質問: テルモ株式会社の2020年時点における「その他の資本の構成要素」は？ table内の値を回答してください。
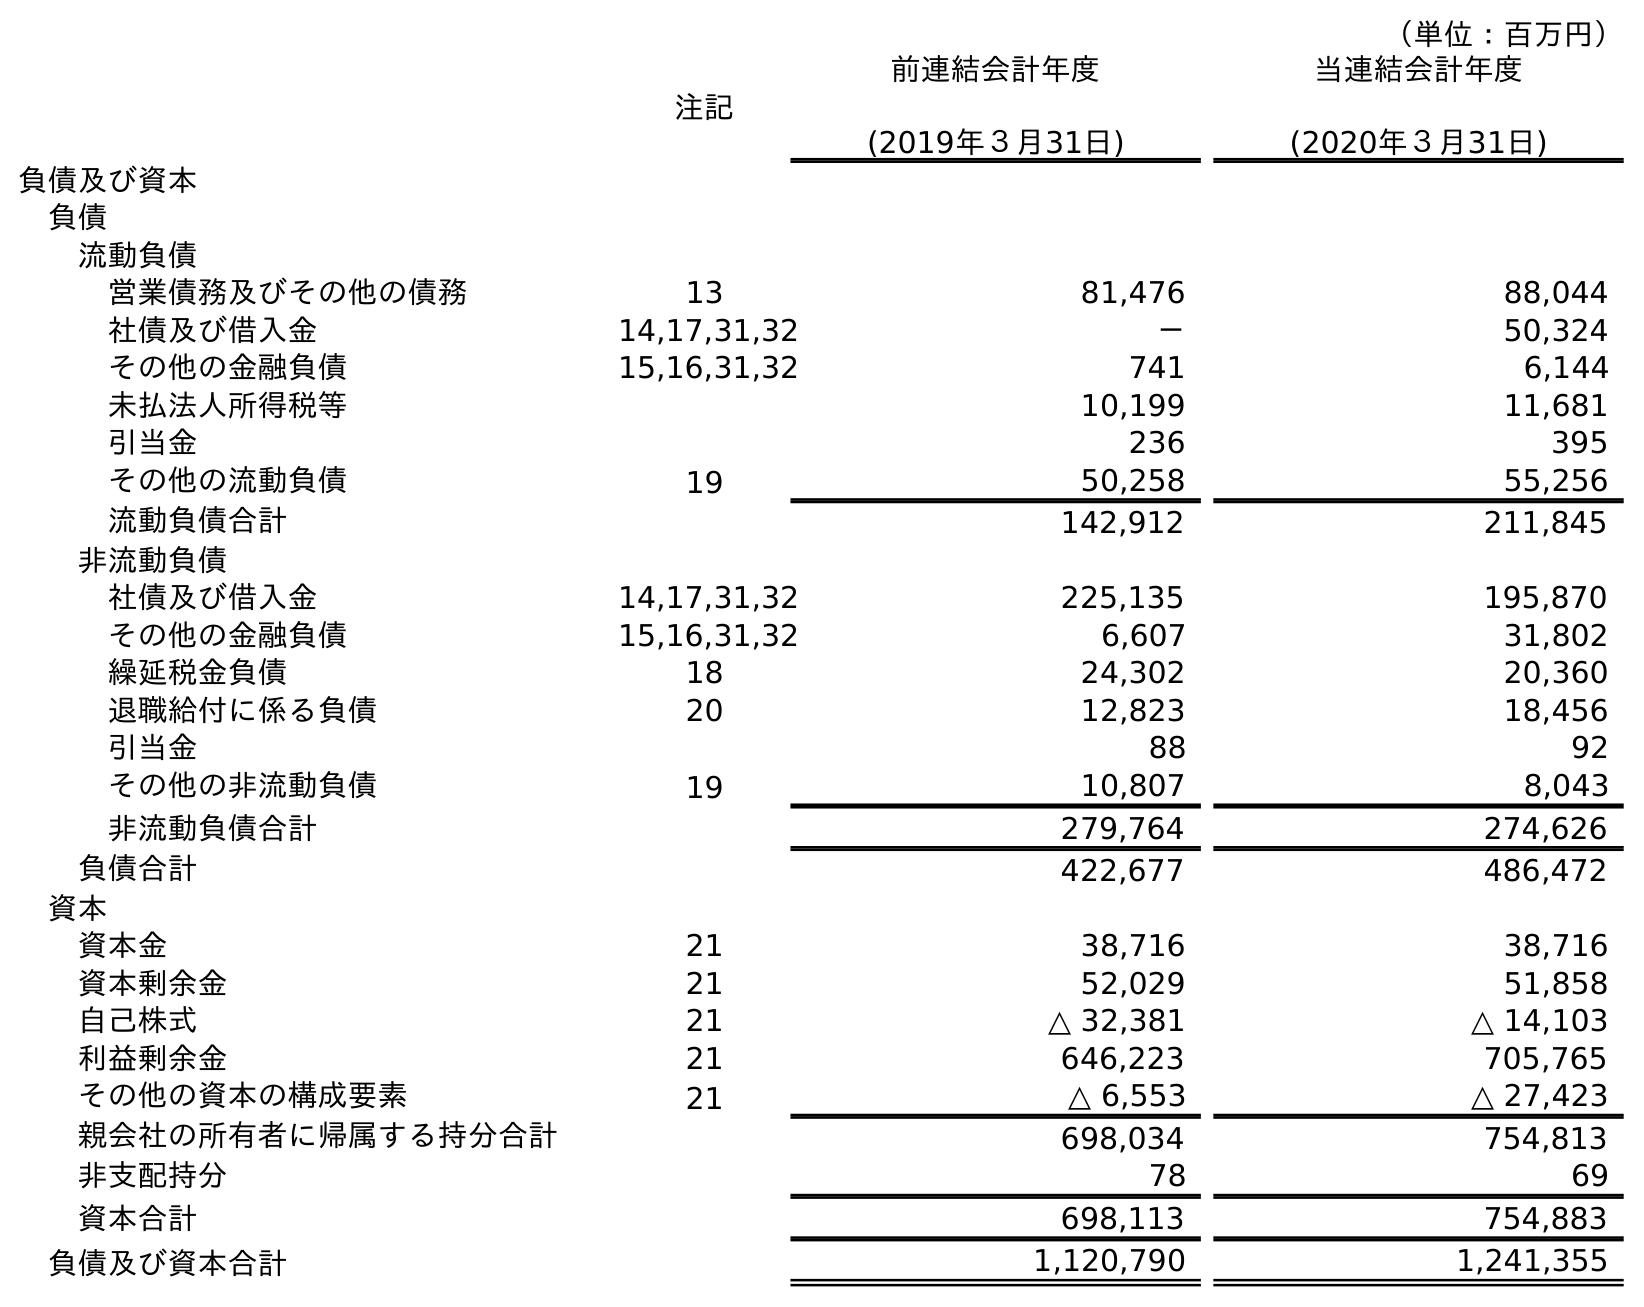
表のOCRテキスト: （単位：百万円） 注記 前連結会計年度 (2019年３月31日) 当連結会計年度 (2020年３月31日) 負債及び資本 負債 流動負債 営業債務及びその他の債務 13 81,476 88,044 社債及び借入金 14,17,31,32 － 50,324 その他の金融負債 15,16,31,32 741 6,144 未払法人所得税等 10,199 11,681 引当金 236 395 その他の流動負債 19 50,258 55,256 流動負債合計 142,912 211,845 非流動負債 社債及び借入金 14,17,31,32 225,135 195,870 その他の金融負債 15,16,31,32 6,607 31,802 繰延税金負債 18 24,302 20,360 退職給付に係る負債 20 12,823 18,456 引当金 88 92 その他の非流動負債 19 10,807 8,043 非流動負債合計 279,764 274,626 負債合計 422,677 486,472 資本 資本金 21 38,716 38,716 資本剰余金 21 52,029 51,858 自己株式 21 △ 32,381 △ 14,103 利益剰余金 21 646,223 705,765 その他の資本の構成要素 21 △ 6,553 △ 27,423 親会社の所有者に帰属する持分合計 698,034 754,813 非支配持分 78 69 資本合計 698,113 754,883 負債及び資本合計 1,120,790 1,241,355
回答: △27,423